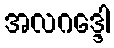
အလဂဒ္ဒေါ